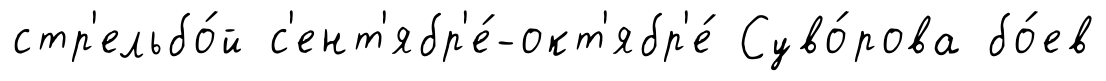
стр'ельбо́й с'ент'ябр'е́-окт'ябр'е́ Суво́рова бо́ев